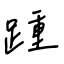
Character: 踵